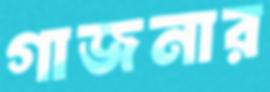
গাজনার